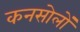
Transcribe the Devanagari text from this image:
कनसोलों